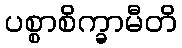
ပစ္စာစိက္ခာမီတိ